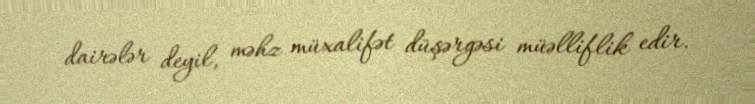
dairələr deyil, məhz müxalifət düşərgəsi müəlliflik edir.